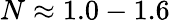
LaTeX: N\approx 1.0-1.6